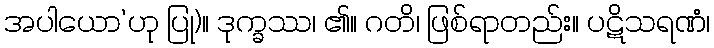
အပါယော’ဟု ပြု)။ ဒုက္ခဿ၊ ၏။ ဂတိ၊ ဖြစ်ရာတည်း။ ပဋိသရဏံ၊